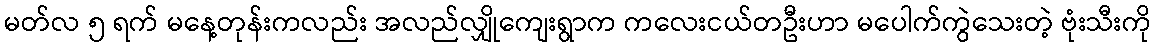
မတ်လ ၅ ရက် မနေ့တုန်းကလည်း အလည်လျှိုကျေးရွာက ကလေးငယ်တဦးဟာ မပေါက်ကွဲသေးတဲ့ ဗုံးသီးကို